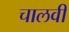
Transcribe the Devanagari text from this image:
चालवी